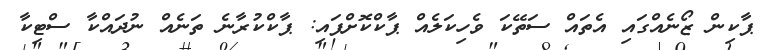
ޕާކިން ޒޯނެއްގައި އެތައް ސަތޭކަ ވެހިކަލެއް ޕާކްކޮށްފައި: ޕާކްކުރާނެ ތަނެއް ނުދައްކާ ސްޓިކާ